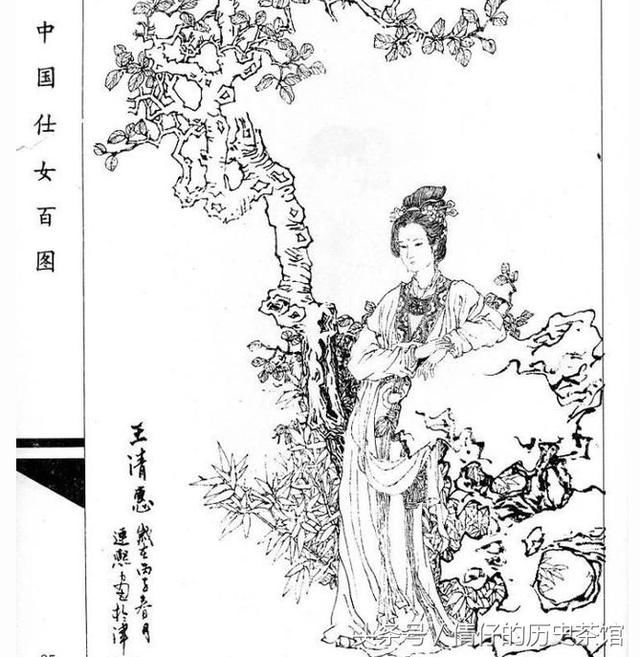
名播兰簪妃后里，晕生莲脸君王侧。